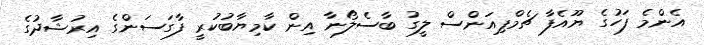
އެންމެ ފަހުގެ ޔޫއެފާ ޗެމްޕިއަންސް ލީގު ބާސެލޯނާ އިން ކާމިޔާބުކުރީ ފާގަސަންގެ އިރުޝާދުގެ